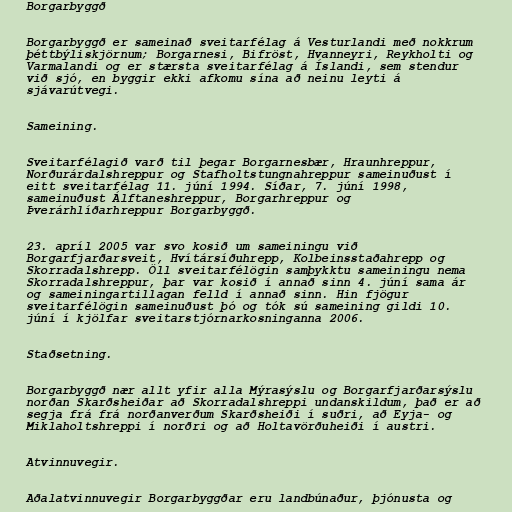
Borgarbyggð

Borgarbyggð er sameinað sveitarfélag á Vesturlandi með nokkrum
þéttbýliskjörnum; Borgarnesi, Bifröst, Hvanneyri, Reykholti og
Varmalandi og er stærsta sveitarfélag á Íslandi, sem stendur
við sjó, en byggir ekki afkomu sína að neinu leyti á
sjávarútvegi.

Sameining.

Sveitarfélagið varð til þegar Borgarnesbær, Hraunhreppur,
Norðurárdalshreppur og Stafholtstungnahreppur sameinuðust í
eitt sveitarfélag 11. júní 1994. Síðar, 7. júní 1998,
sameinuðust Álftaneshreppur, Borgarhreppur og
Þverárhlíðarhreppur Borgarbyggð.

23. apríl 2005 var svo kosið um sameiningu við
Borgarfjarðarsveit, Hvítársíðuhrepp, Kolbeinsstaðahrepp og
Skorradalshrepp. Öll sveitarfélögin samþykktu sameiningu nema
Skorradalshreppur, þar var kosið í annað sinn 4. júní sama ár
og sameiningartillagan felld í annað sinn. Hin fjögur
sveitarfélögin sameinuðust þó og tók sú sameining gildi 10.
júní í kjölfar sveitarstjórnarkosninganna 2006.

Staðsetning.

Borgarbyggð nær allt yfir alla Mýrasýslu og Borgarfjarðarsýslu
norðan Skarðsheiðar að Skorradalshreppi undanskildum, það er að
segja frá frá norðanverðum Skarðsheiði í suðri, að Eyja- og
Miklaholtshreppi í norðri og að Holtavörðuheiði í austri.

Atvinnuvegir.

Aðalatvinnuvegir Borgarbyggðar eru landbúnaður, þjónusta og